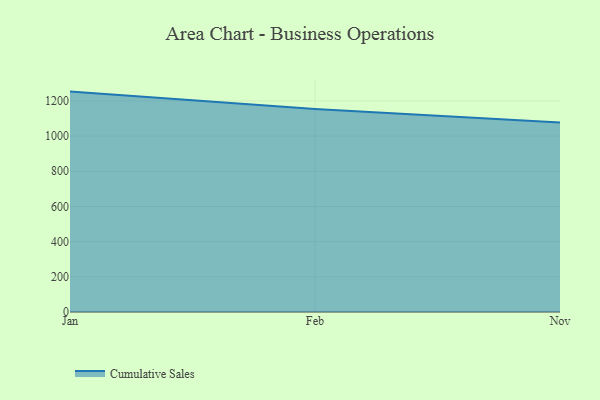
{"axis": {"x": "Month", "y": "Market Share (%)"}, "legend": ["Cumulative Sales"], "data": [{"x": "Jan", "y": 1253.1, "type": "Cumulative Sales"}, {"x": "Feb", "y": 1153.9, "type": "Cumulative Sales"}, {"x": "Nov", "y": 1077.3, "type": "Cumulative Sales"}]}